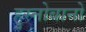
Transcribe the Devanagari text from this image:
हुस्नोबानो